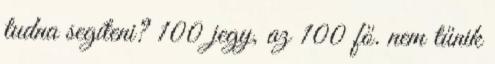
tudna segíteni? 100 jegy, az 100 fő. nem tűnik